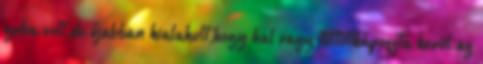
guba volt,de újabban kialakult,hogy hal vagy töltöttkáposzta kerül az